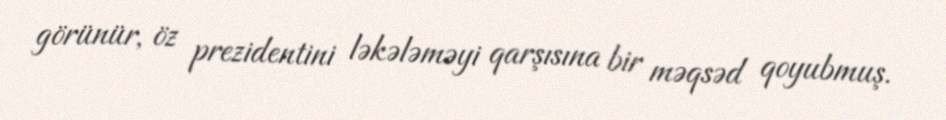
görünür, öz prezidentini ləkələməyi qarşısına bir məqsəd qoyubmuş.